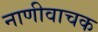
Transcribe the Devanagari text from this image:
नाणीवाचक